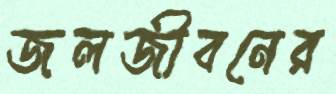
জলজীবনের